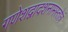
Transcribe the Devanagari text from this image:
गणेशद्वादशनामस्तोत्रं